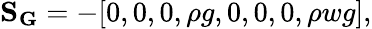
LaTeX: \mathbf{S_{G}}=-[0,0,0,\rho g,0,0,0,\rho wg],